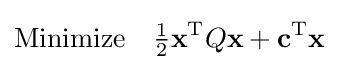
{\text{Minimize}}\quad {\tfrac {1}{2}}\mathbf {x} ^{\mathrm {T} }Q\mathbf {x} +\mathbf {c} ^{\mathrm {T} }\mathbf {x}